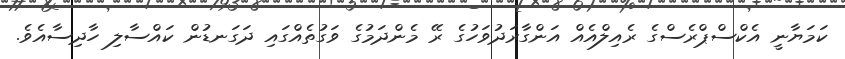
ކަމަޔާނީ އެކްސްޕްރެސްގެ ރެއިލްއެއް އަންގާރަދުވަހުގެ ރޭ މެންދަމުގެ ވަގުތެއްގައި ދަގަނޑުން ކައްސާލި ހާދިސާއެވެ.